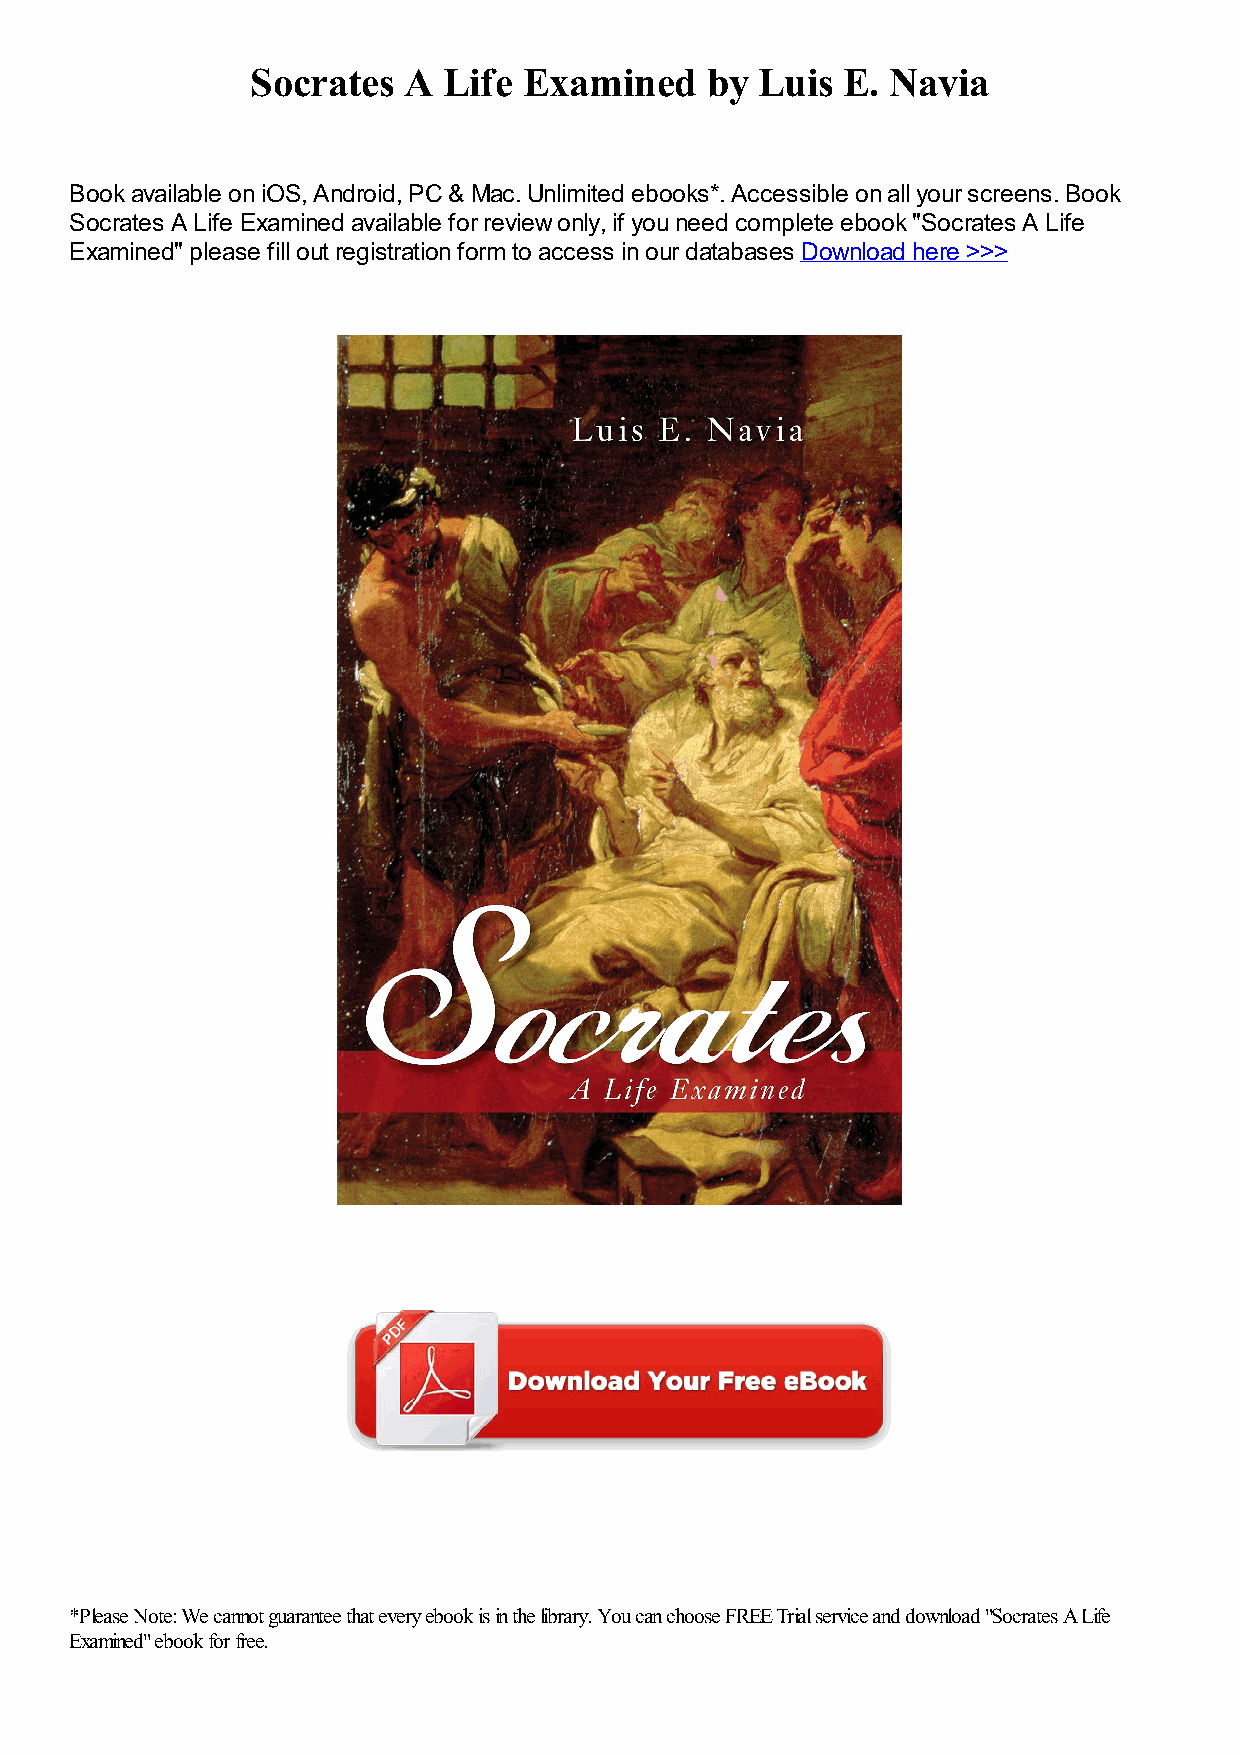
Socrates  A Life  Examined    by Luis  E. Navia
 Book available on iOS, Android, PC & Mac. Unlimited ebooks*. Accessible on all your screens. Book
 Socrates A Life Examined available for review only, if you need complete ebook "Socrates A Life
 Examined" please fill out registration form to access in our databases Download here >>>
 *Please Note: We cannot guarantee that every ebook is in the library. You can choose FREE Trial service and download "Socrates A Life
 Examined" ebook for free.